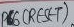
Text: PB5